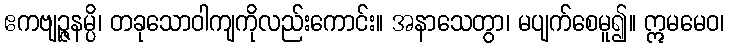
ဧကဗျဉ္ဇနမ္ပိ၊ တခုသောဝါကျကိုလည်းကောင်း။ အနာသေတွာ၊ မပျက်စေမူ၍။ ဣမမေဝ၊